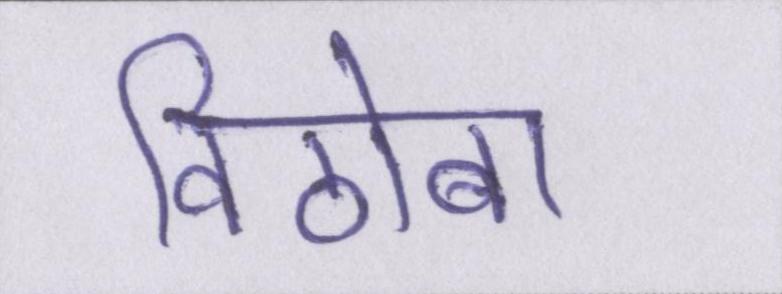
विठोबा